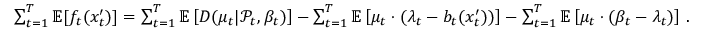
\begin{array} { r } { \sum _ { t = 1 } ^ { T } \mathbb { E } [ f _ { t } ( x _ { t } ^ { \prime } ) ] = \sum _ { t = 1 } ^ { T } \mathbb { E } \left[ D ( \mu _ { t } | \mathcal { P } _ { t } , \beta _ { t } ) \right] - \sum _ { t = 1 } ^ { T } \mathbb { E } \left[ \mu _ { t } \cdot ( \lambda _ { t } - b _ { t } ( x _ { t } ^ { \prime } ) ) \right] - \sum _ { t = 1 } ^ { T } \mathbb { E } \left[ \mu _ { t } \cdot ( \beta _ { t } - \lambda _ { t } ) \right] \, . } \end{array}